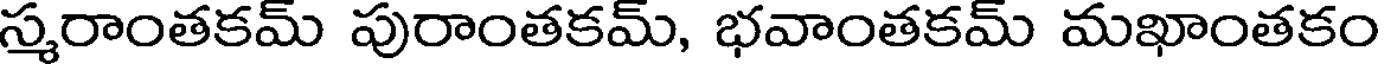
స్మరాంతకమ్ పురాంతకమ్, భవాంతకమ్ మఖాంతకం